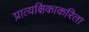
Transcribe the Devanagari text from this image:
प्रात्यक्षिकाकरिता